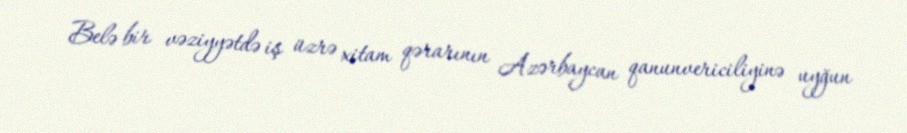
Belə bir vəziyyətdə iş üzrə xitam qərarının Azərbaycan qanunvericiliyinə uyğun